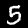
Label: 5